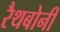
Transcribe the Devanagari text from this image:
रैथबोनी